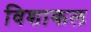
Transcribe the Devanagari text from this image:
विशाकल